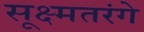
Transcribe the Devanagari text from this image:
सूक्ष्मतरंगे